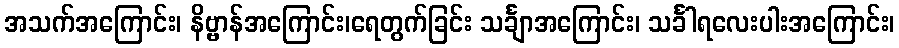
အသက်အကြောင်း၊ နိဗ္ဗာန်အကြောင်း၊ရေတွက်ခြင်း သင်္ချာအကြောင်း၊ သင်္ခါရလေးပါးအကြောင်း၊